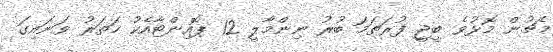
މެޗުން މޮޅުވެ ބީޖީ ފުރަތަމަ ބުރު ނިންމާލީ 12 ޕޮއިންޓާއެކު ހަތަރު ވަނައިގަ